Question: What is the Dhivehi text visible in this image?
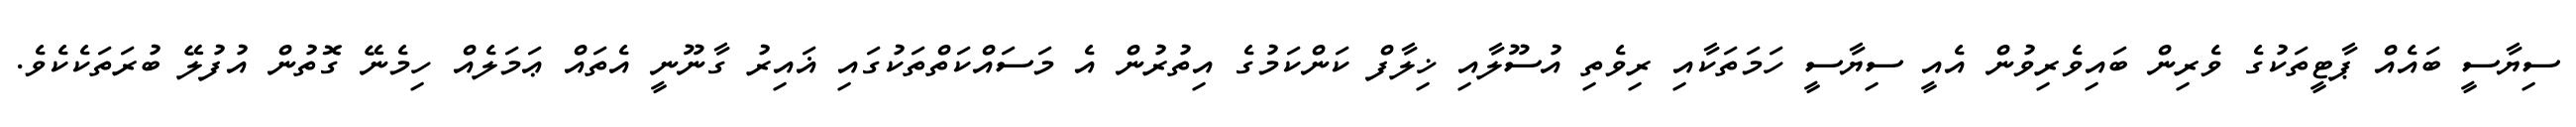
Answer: ސިޔާސީ ބައެއް ޕާޓީތަކުގެ ވެރިން ބައިވެރިވުން އެއީ ސިޔާސީ ހަމަތަކާއި ރިވެތި އުސޫލާއި ޚިލާފް ކަންކަމުގެ އިތުރުން އެ މަސައްކަތްތަކުގައި ޣައިރު ގާނޫނީ އެތައް ޢަމަލެއް ހިމެނޭ ގޮތުން އުފުލޭ ބުރަތަކެކެވެ.